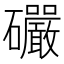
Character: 礹